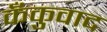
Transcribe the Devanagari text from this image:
कँकुवाद